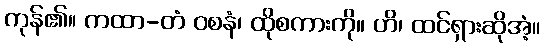
ကုန်၏။ ကထာ-တံ ဝစနံ၊ ထိုစကားကို။ ဟိ၊ ထင်ရှားဆိုအံ့။